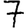
Digit: 7